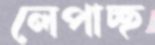
লেপাচ্ছ